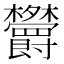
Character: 𣡱